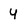
Character: 4